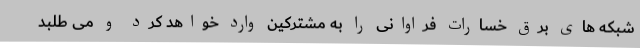
شبکه های برق خسارات فراوانی را به مشترکین وارد خواهد کرد و می طلبد